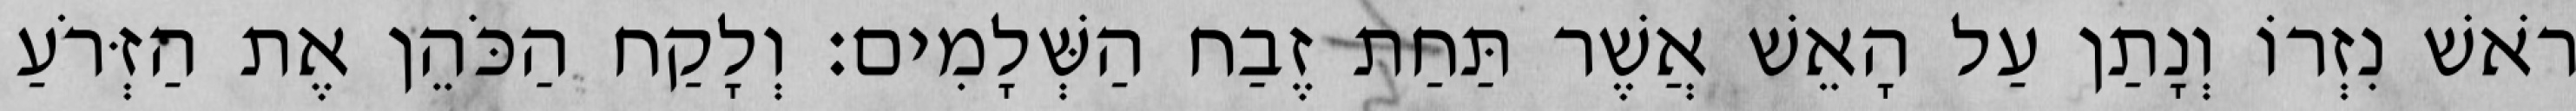
רֹאשׁ נִזְרוֹ וְנָתַן עַל הָאֵשׁ אֲשֶׁר תַּחַת זֶבַח הַשְּׁלָמִים׃ וְלָקַח הַכֹּהֵן אֶת הַזְּרֹעַ